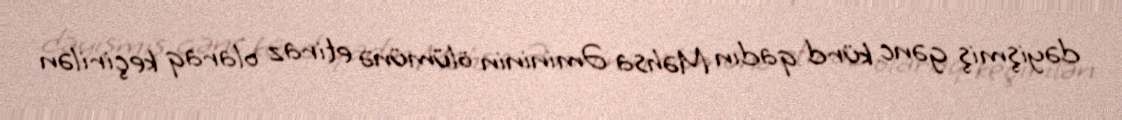
dəyişmiş gənc kürd qadın Məhsa Əmininin ölümünə etiraz olaraq keçirilən